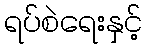
ရပ်စဲရေးနှင့်